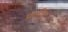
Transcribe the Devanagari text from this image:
प्रतीचं